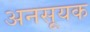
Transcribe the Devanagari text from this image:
अनसूयक